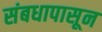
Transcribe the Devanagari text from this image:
संबधापासून